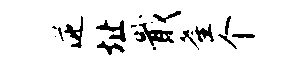
逆址戢釜个